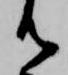
御